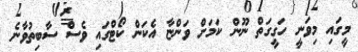
މީގައި މިވަނީ ހަގީގަތް ނޫން ކަމަށް ވަންޏާ އެކަން ކޯޓްގައި ވެސް ސާބިތުވާނެ